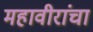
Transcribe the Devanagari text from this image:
महावीरांचा